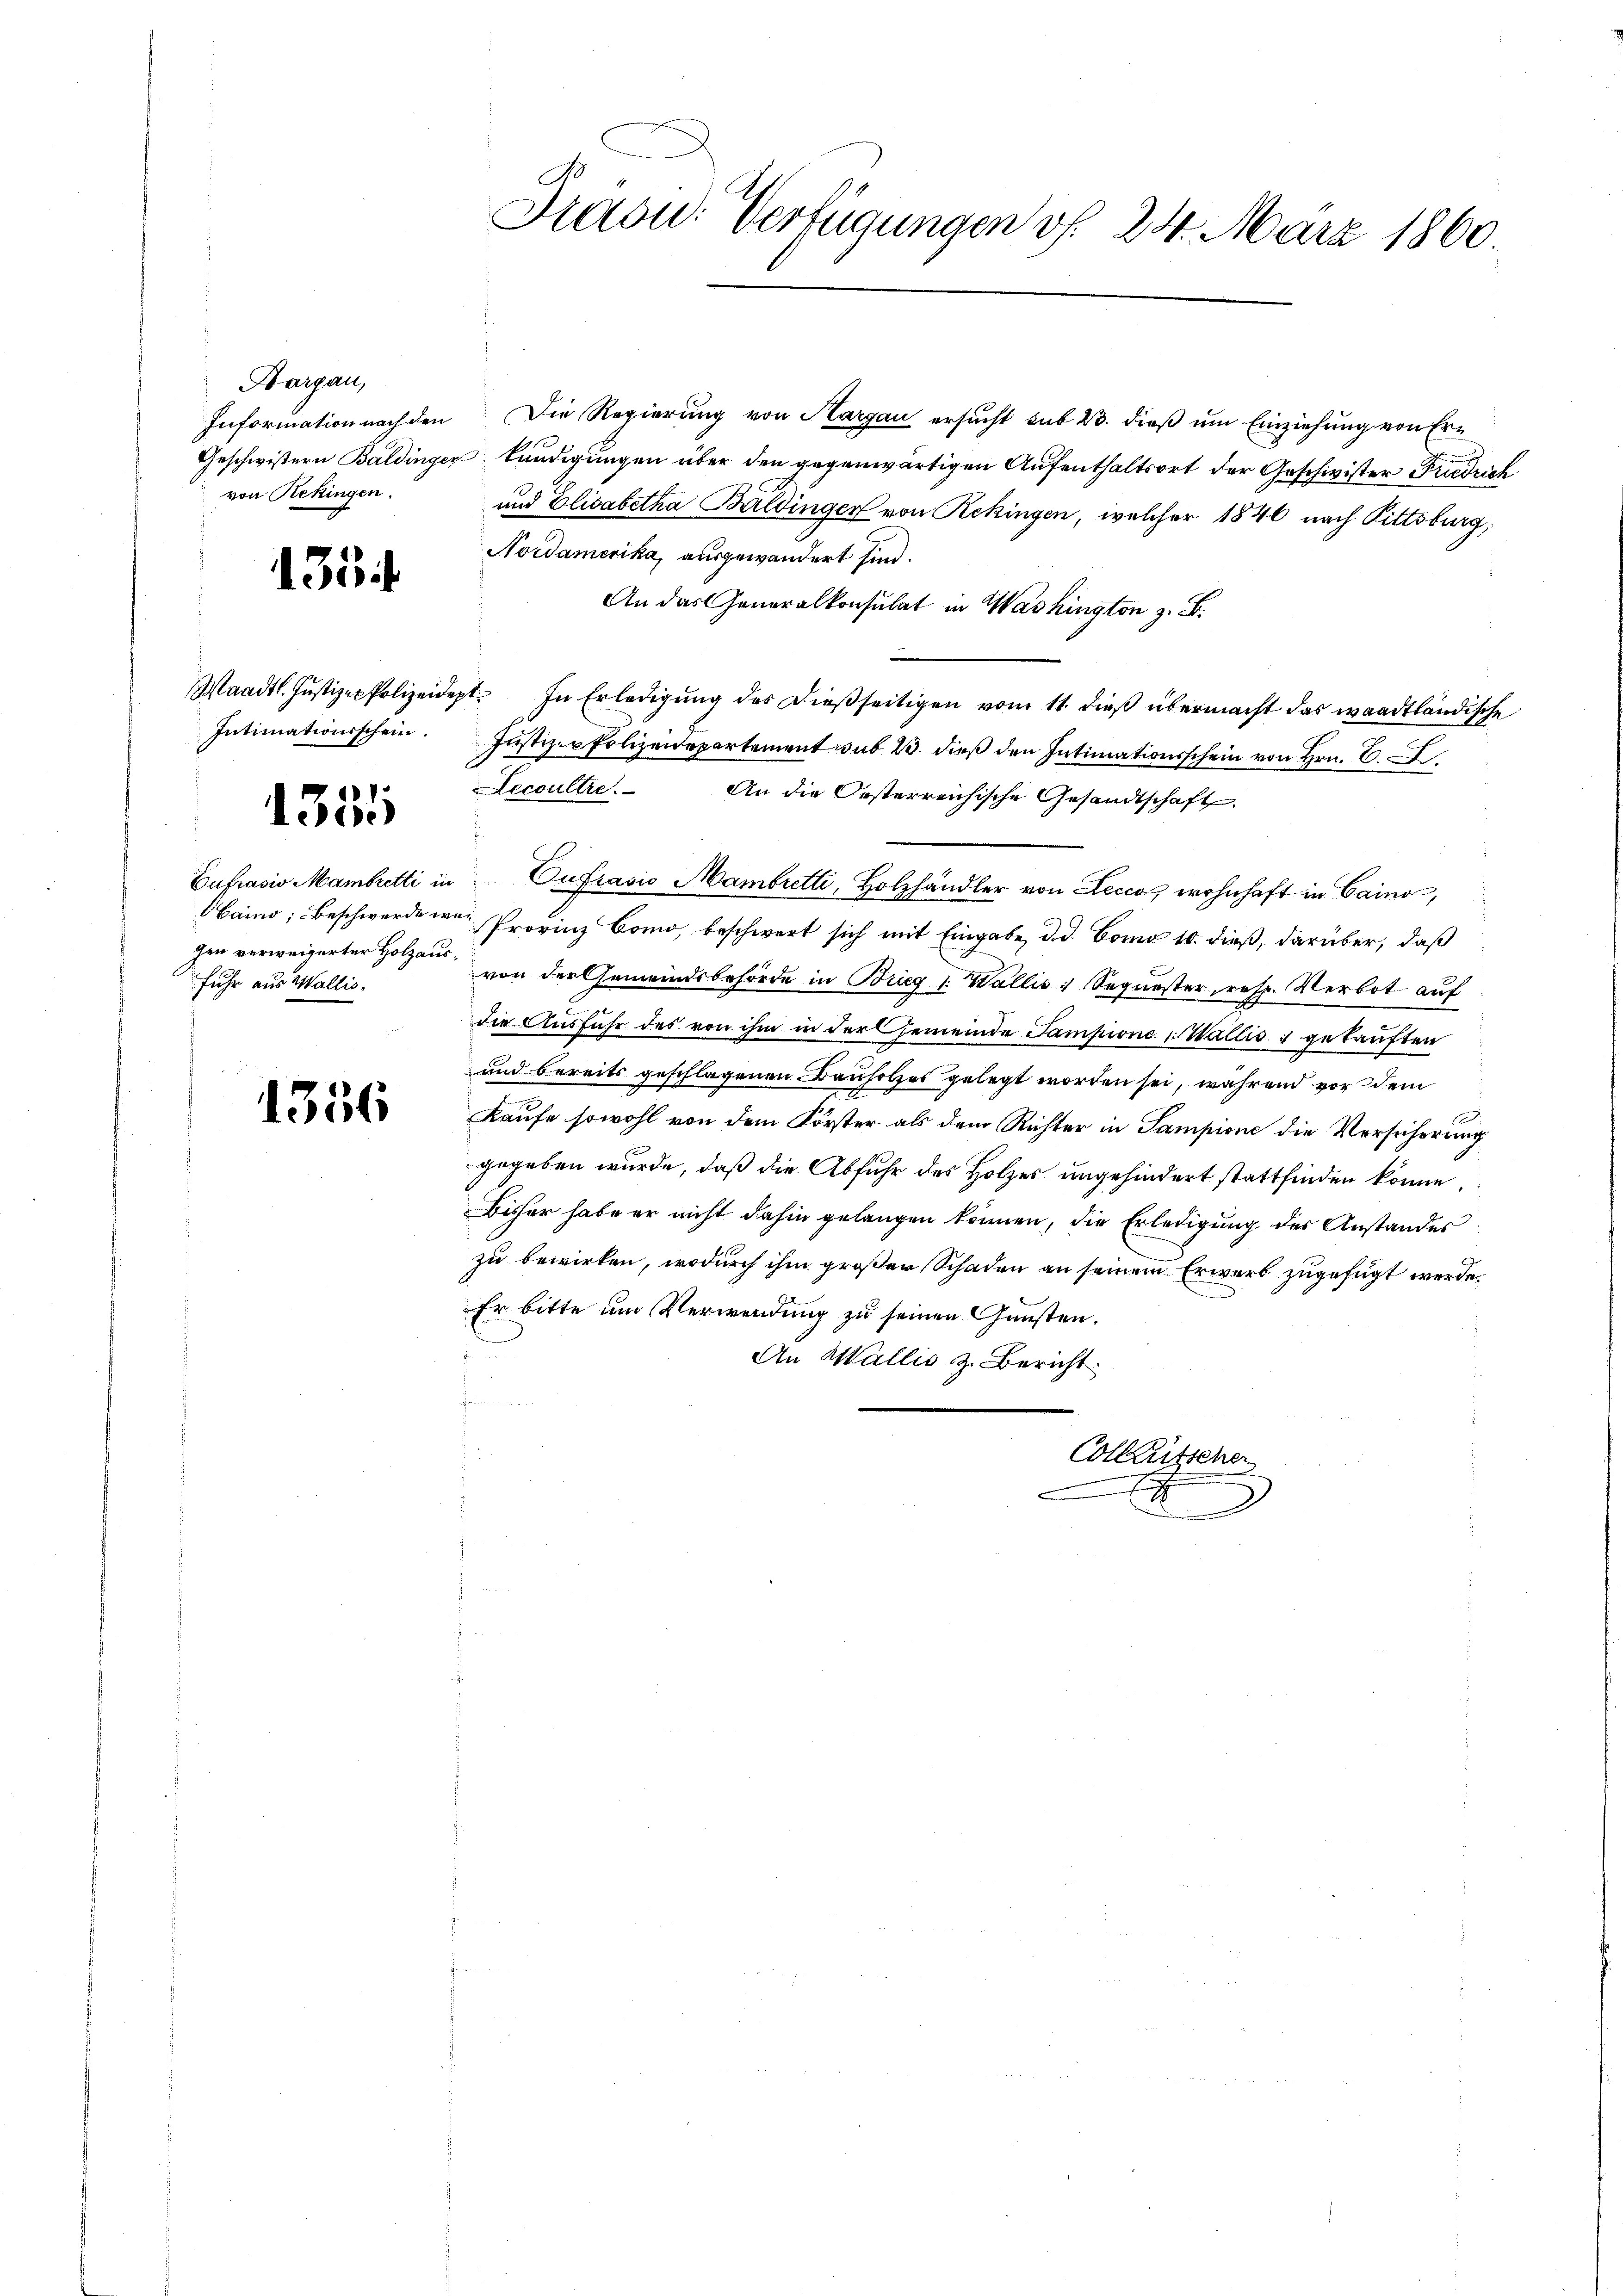
Hargau,
von Rekingen.

1354

Intimationsschein

10
lehene

gen verweigerter Holzausfuhr aus Wallis.

1356

Grasw. Verfügungen v. 24. März 1860.

Information nach den Die Regierung von Aargau ersucht sub 23. dieß um Einziehung von Er¬
Geschwistern Baldinger kündigungen über den gegenwärtigen Aufenthaltsort der Geschwister Friedrich
und Elisabetha Baldinger von Rekingen, welcher 1846 nach Pittsburg,
Nordamerika, ausgewandert sind.
An das Generalkonsulat in Washington z. B.
Waadt. Justiz-Polizeidept. In Erledigŭng des dießseitigen vom 11. dieß übermacht das waadtländische
Justiz- Polizeidepartement sub 23. dieß den Intimationsschein von Hrn. E
Lecoultre. An die Oesterreichische Gesandtschaft
Eufrasio Mambretti in Aufrasio Mambretti, Holzhändler von Lecco, wohnhaft in Gaino,
aino, Beschwerdenen Provinz Bomo, beschwert sich mit Eingabe, d. d. Como 10. dieß, darüber, daß
von der Gemeindsbehörde in Brieg 1. Wallis: Sequester, resp. Verbot auf
die Ausfuhr des von ihm in der Gemeinde Sampione Wallis 1 gekauften
und bereits geschlagenen Bauholzes gelegt worden sei, während vor dem
Kaufe sowohl von dem Förster als dem Richter in Sampione die Versicherung
gegeben wurde, daß die Abfuhr des Holzes ungehindert stattfinden könne.
Bisher habe er nicht dahin gelangen können, die Erledigung des Anstandes
zu bewirken, wodurch ihm großer Schaden an seinem Erwerb zugefügt werde.
Er bitte um Verwendung zu seinen Gunsten.
An Wallis z. Bericht
Colleutscher